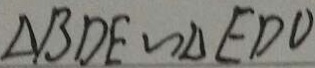
\Delta B D E \sim \Delta E D O